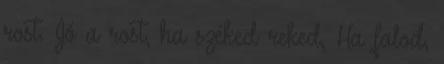
rost. Jó a rost, ha széked reked, Ha falod,